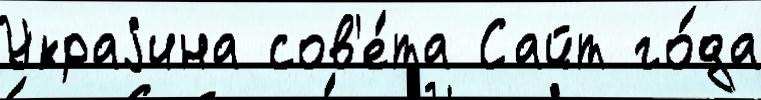
Украjина сов'е́та Сайт го́да